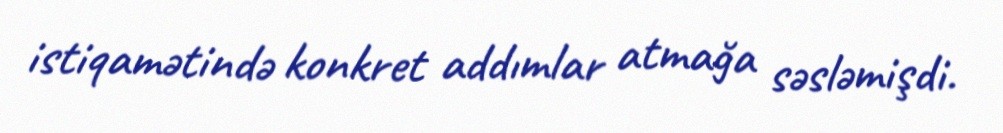
istiqamətində konkret addımlar atmağa səsləmişdi.